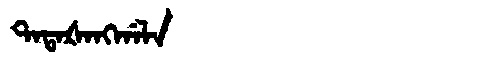
Manchu: ᡨᠠᡨᠠᡧᠠᠩᡤᠠᠯᠠ
Romanization: TATAŠANGGALA